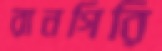
রানগিরি